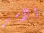
الأمر